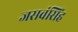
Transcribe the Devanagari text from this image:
जसवंसिंह